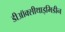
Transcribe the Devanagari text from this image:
डीऑक्सीथाइमिडीन